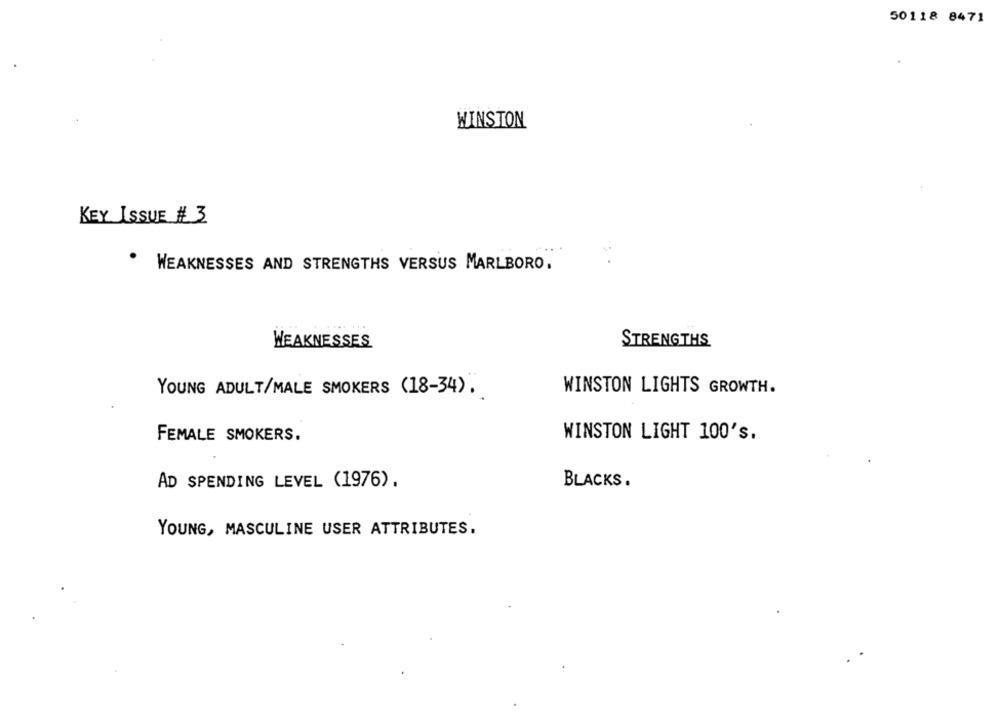
50118 8471
WINSTON
KEY ISSUE #3
WEAKNESSES AND STRENGTHS VERSUS MARLBORO.
WEAKNESSES
STRENGTHS
WINSTON LIGHTS GROWTH.
YOUNG ADULT/MALE SMOKERS (18-34).
FEMALE SMOKERS.
WINSTON LIGHT 100's.
AD SPENDING LEVEL (1976).
BLACKS.
YOUNG, MASCULINE USER ATTRIBUTES.